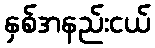
နှစ်အနည်းငယ်